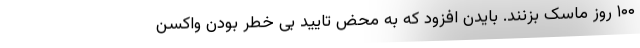
۱۰۰ روز ماسک بزنند. بایدن افزود که به محض تایید بی خطر بودن واکسن